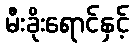
မီးခိုးရောင်နှင့်